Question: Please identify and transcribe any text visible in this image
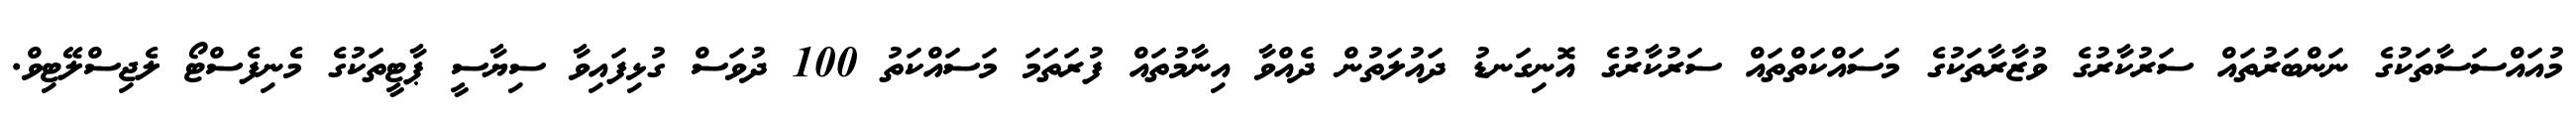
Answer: މުއައްސަސާތަކުގެ ނަންބަރުތައް ސަރުކާރުގެ ވުޒާރާތަކުގެ މަސައްކަތްތައް ސަރުކާރުގެ އޮނިގަނޑު ދައުލަތުން ދެއްވާ އިނާމުތައް ފުރަތަމަ މަސައްކަތު 100 ދުވަސް ގުޅިފައިވާ ސިޔާސީ ޕާޓީތަކުގެ މެނިފެސްޓޯ ލެޖިސްލޭޓިވް.